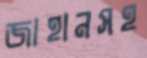
জাহানসহ